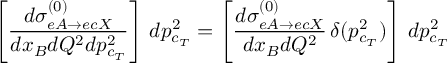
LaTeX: \left[ \frac { d { \sigma } _ { e A \rightarrow e c X } ^ { ( 0 ) } } { d x _ { B } d Q ^ { 2 } d p _ { c _ { T } } ^ { 2 } } \right] \, d p _ { c _ { T } } ^ { 2 } = \left[ \frac { d { \sigma } _ { e A \rightarrow e c X } ^ { ( 0 ) } } { d x _ { B } d Q ^ { 2 } } \, \delta ( p _ { c _ { T } } ^ { 2 } ) \right] \, d p _ { c _ { T } } ^ { 2 }